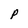
Character: P